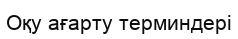
Оқу ағарту терминдері